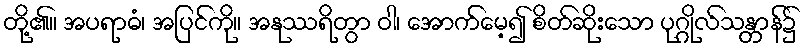
တို့၏။ အပရာဓံ၊ အပြင်ကို။ အနုဿရိတွာ ဝါ၊ အောက်မေ့၍ စိတ်ဆိုးသော ပုဂ္ဂိုလ်သန္တာန်၌